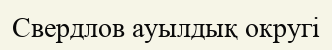
Свердлов ауылдық округі